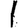
Digit: 1